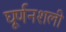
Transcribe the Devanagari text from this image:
घूर्णनशली